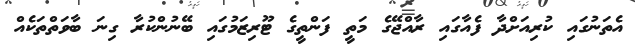
އެތަނުގައި ކުރިއަށްދާ ފެއާގައި ރާއްޖޭގެ މަތީ ފަންތީގެ ޓޫރިޒަމުގައި ބޭނުންކުރާ ގިނަ ބާވަތްތަކެއް